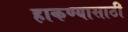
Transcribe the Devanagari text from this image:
हाकण्यासाठी